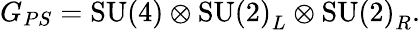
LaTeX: G_{PS}=\mathrm{SU(4)}\otimes\mathrm{SU(2)}_{L}\otimes\mathrm{SU(2)}_{R}.